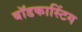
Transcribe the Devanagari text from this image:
बॉडकास्टिंग